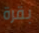
بقرة